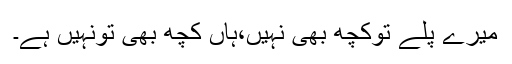
میرے پلے توکچھ بھی نہیں،ہاں کچھ بھی تونہیں ہے۔